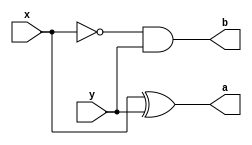
module hsubt(x,y,a,b);
input x,y;
output a,b;
wire w;
xor g1(a,x,y);
not g2(w,x);
and g3(b,w,y);
endmodule